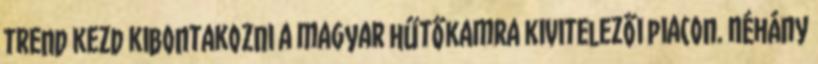
trend kezd kibontakozni a magyar hűtőkamra kivitelezői piacon. Néhány